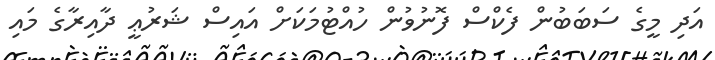
އަދި މީގެ ސަބަބުން ފެކްސް ފޮނުވުން ހުއްޓުމަކަށް އައިސް ޝަރުޢީ ދާއިރާގެ މައި